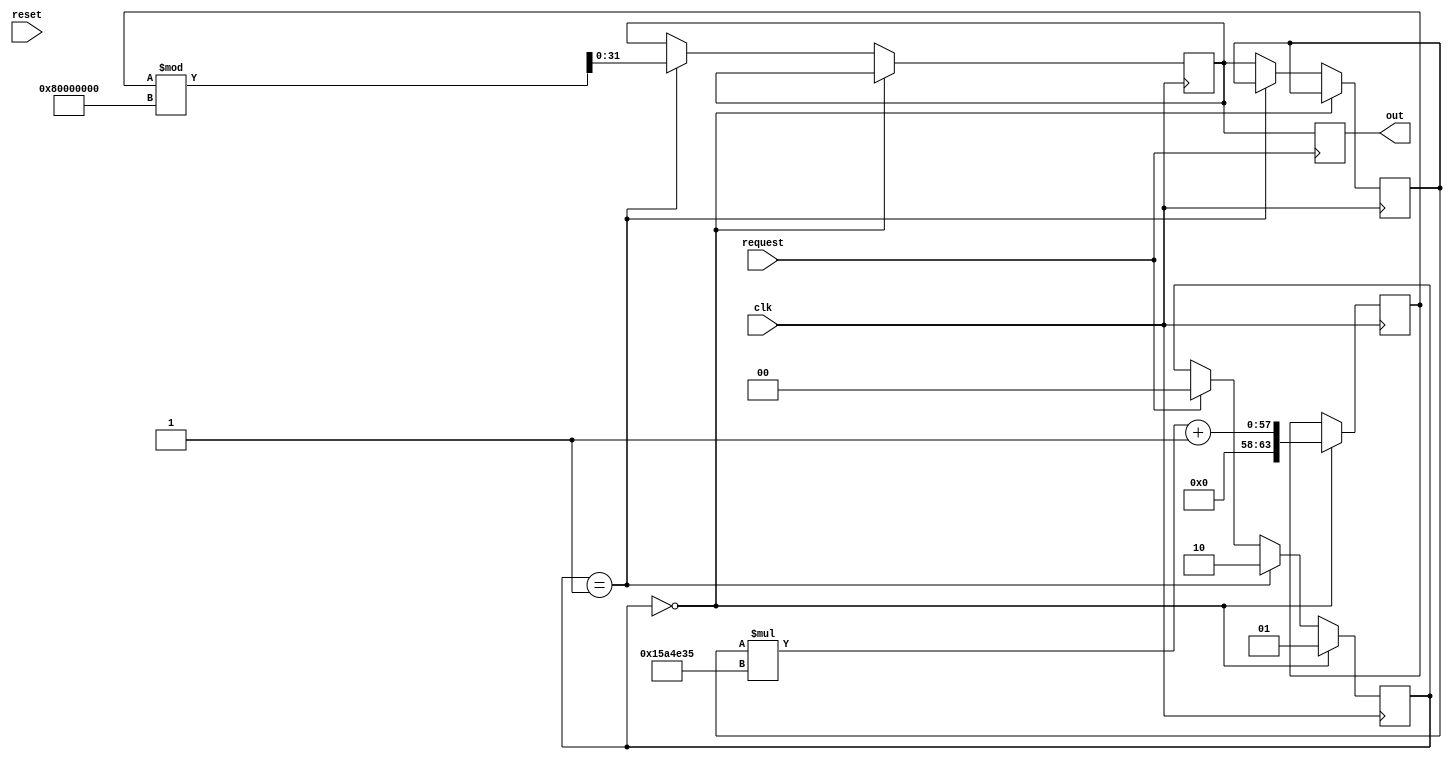
`timescale 1ns / 1ps

 module random(
  output wire [31:0] out,
  input wire clk,  
  input wire reset,
  input wire request        
  ); 
  
  // random generator parameter
  parameter [31:0] mod = 32'b1000_0000_0000_0000_0000_0000_0000_0000; // 32bit modulous  
  parameter [31:0] a = 32'd22695477;   // LCG  
  parameter [31:0] c = 32'b1;           // LCG  
  
  //registor for temporal value
  reg [31:0] temp = 32'd13;    //     reg,  decimal num: 13 [: 32]
  reg [63:0] temp1;            //    64 reg
  reg [31:0] temp2;            //      32 reg
  reg [31:0] temp_out = 8'd0;  //     32 reg
  reg [1:0] state = 2'b0;      // FSM state 

  //FSM for generator random number
always @(posedge clk) begin
        // state = 00
        if(state == 2'b00) begin 
            temp1 <= temp * a + c;  // temp1  temp  a + c :  
            state <= 2'b01;
        end
        // state = 01
        else if(state == 2'b01) begin
            temp2 <= temp1 % mod;  // temp2  temp1 % mod :  32bit   
            state <= 2'b10;
        end
        // state = 10
        else begin
            temp <= temp2;        // temp  temp2
            if(request) 
                state <= 2'b00;   // request  1 state = 00
        end
end

// output value when receive the request
always @(posedge request) begin
        temp_out <= temp2;      // temp_out  temp2
end

assign out = temp_out;


 endmodule